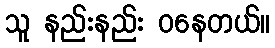
သူ နည်းနည်း ဝနေတယ်။